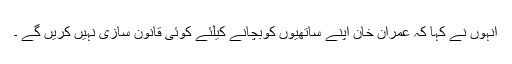
انہوں نے کہا کہ عمران خان اپنے ساتھیوں کوبچانے کیلئے کوئی قانون سازی نہیں کریں گے ۔